Civil Veterinary Department. Madras. Admin. report 1926-33 - 1926-1933
Year: 1926
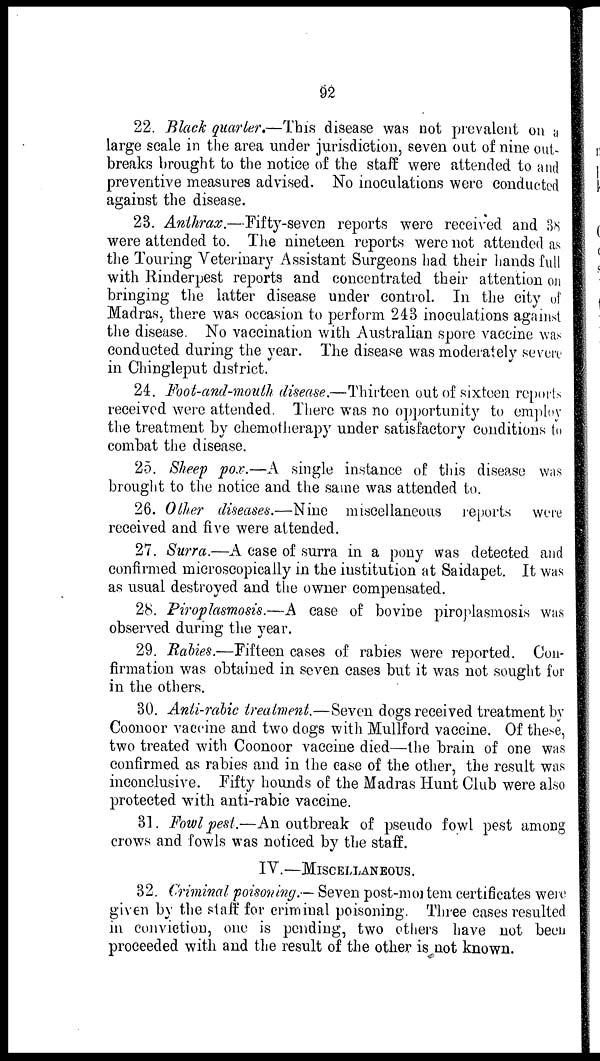
92
22. Black quarter.—This disease was not prevalent on a
large scale in the area under jurisdiction, seven out of nine out-
breaks brought to the notice of the staff were attended to and
preventive measures advised. No inoculations were conducted
against the disease.
23. Anthrax.—Fifty-seven reports were received and 38
were attended to. The nineteen reports were not attended as
the Touring Veterinary Assistant Surgeons had their hands full
with Rinderpest reports and concentrated their attention on
bringing the latter disease under control. In the city of
Madras, there was occasion to perform 243 inoculations against
the disease. No vaccination with Australian spore vaccine was
conducted during the year. The disease was moderately severe
in Chingleput district.
24. Foot-and-mouth disease.—Thirteen out of sixteen reports
received were attended. There was no opportunity to employ
the treatment by chemotherapy under satisfactory conditions to
combat the disease.
25. Sheep pox.—A single instance of this disease was
brought to the notice and the same was attended to.
26. Other diseases.—Nine miscellaneous reports were
received and five were attended.
27. Surra.—A case of surra in a pony was detected and
confirmed microscopically in the institution at Saidapet. It was
as usual destroyed and the owner compensated.
28. Piroplasmosis.—A case of bovine piroplasmosis was
observed during the year.
29. Rabies.—Fifteen cases of rabies were reported. Con-
firmation was obtained in seven cases but it was not sought for
in the others.
30. Anti-rabic treatment.—Seven dogs received treatment by
Coonoor vaccine and two dogs with Mullford vaccine. Of these,
two treated with Coonoor vaccine died—the brain of one was
confirmed as rabies and in the case of the other, the result was
inconclusive. Fifty hounds of the Madras Hunt Club were also
protected with anti-rabic vaccine.
31. Fowl pest.—An outbreak of pseudo fowl pest among
crows and fowls was noticed by the staff.
IV.—MISCELLANEOUS.
32. Criminal poisoning.— Seven post-mortem certificates were
given by the staff for criminal poisoning. Three cases resulted
in conviction, one is pending, two others have not been
proceeded with and the result of the other is not known.